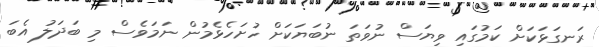
ރަނގަޅަކަށް ކަމުގައި ވިޔަސް ނުވަތަ ނުބަޔަކަށް ހުށަހެޅެމުން ނަމަވެސް މި ބަދަލު އެބަ